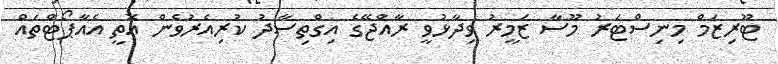
ޓޫރިޒަމް މިނިސްޓަރު މޫސާ ޒަމީރު ވިދާޅުވީ ރާއްޖޭގެ އިގްތިސާދު ކުރިއެރުވެން އޮތީ އެއާޕޯޓްތައް